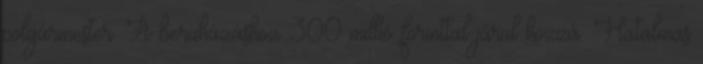
polgármester. A beruházáshoz 300 millió forinttal járul hozzá. Hatalmas